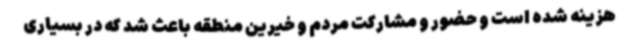
هزینه شده است و حضور و مشارکت مردم و خیرین منطقه باعث شد که در بسیاری